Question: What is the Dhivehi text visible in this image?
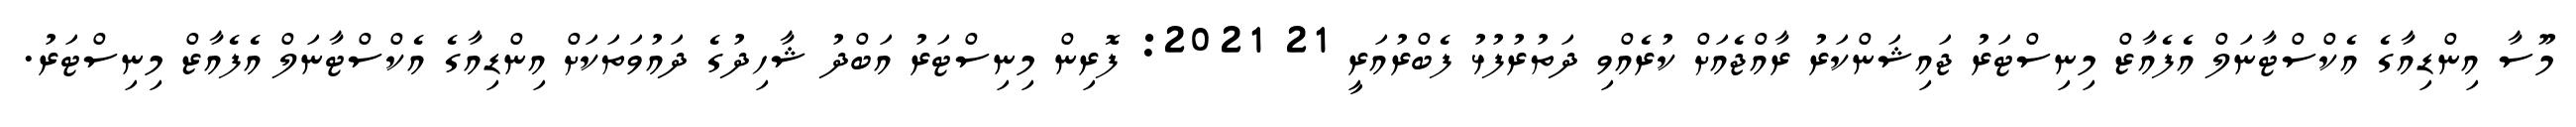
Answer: މޫސާ އިންޑިއާގެ އެކްސްޓާނަލް އެފެއާޒް މިނިސްޓަރު ޖައިޝަންކަރު ރާއްޖެއަށް ކުރެއްވި ދަތުރުފުޅު ފެބްރުއަރީ 21 2021: ފޮރިން މިނިސްޓަރު އަބްދު ޝާހިދުގެ ދައުވަތަކަށް އިންޑިއާގެ އެކްސްޓާނަލް އެފެއާޒް މިނިސްޓަރު.